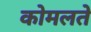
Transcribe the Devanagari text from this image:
कोमलते